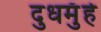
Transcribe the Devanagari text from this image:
दुधमुँहे